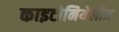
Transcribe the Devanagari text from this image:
काइटोनियेलीज